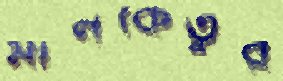
মীনকেতুর